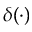
\delta ( \cdot )